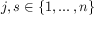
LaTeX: j , s \in \{ 1 , \ldots , n \}